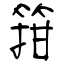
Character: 箝